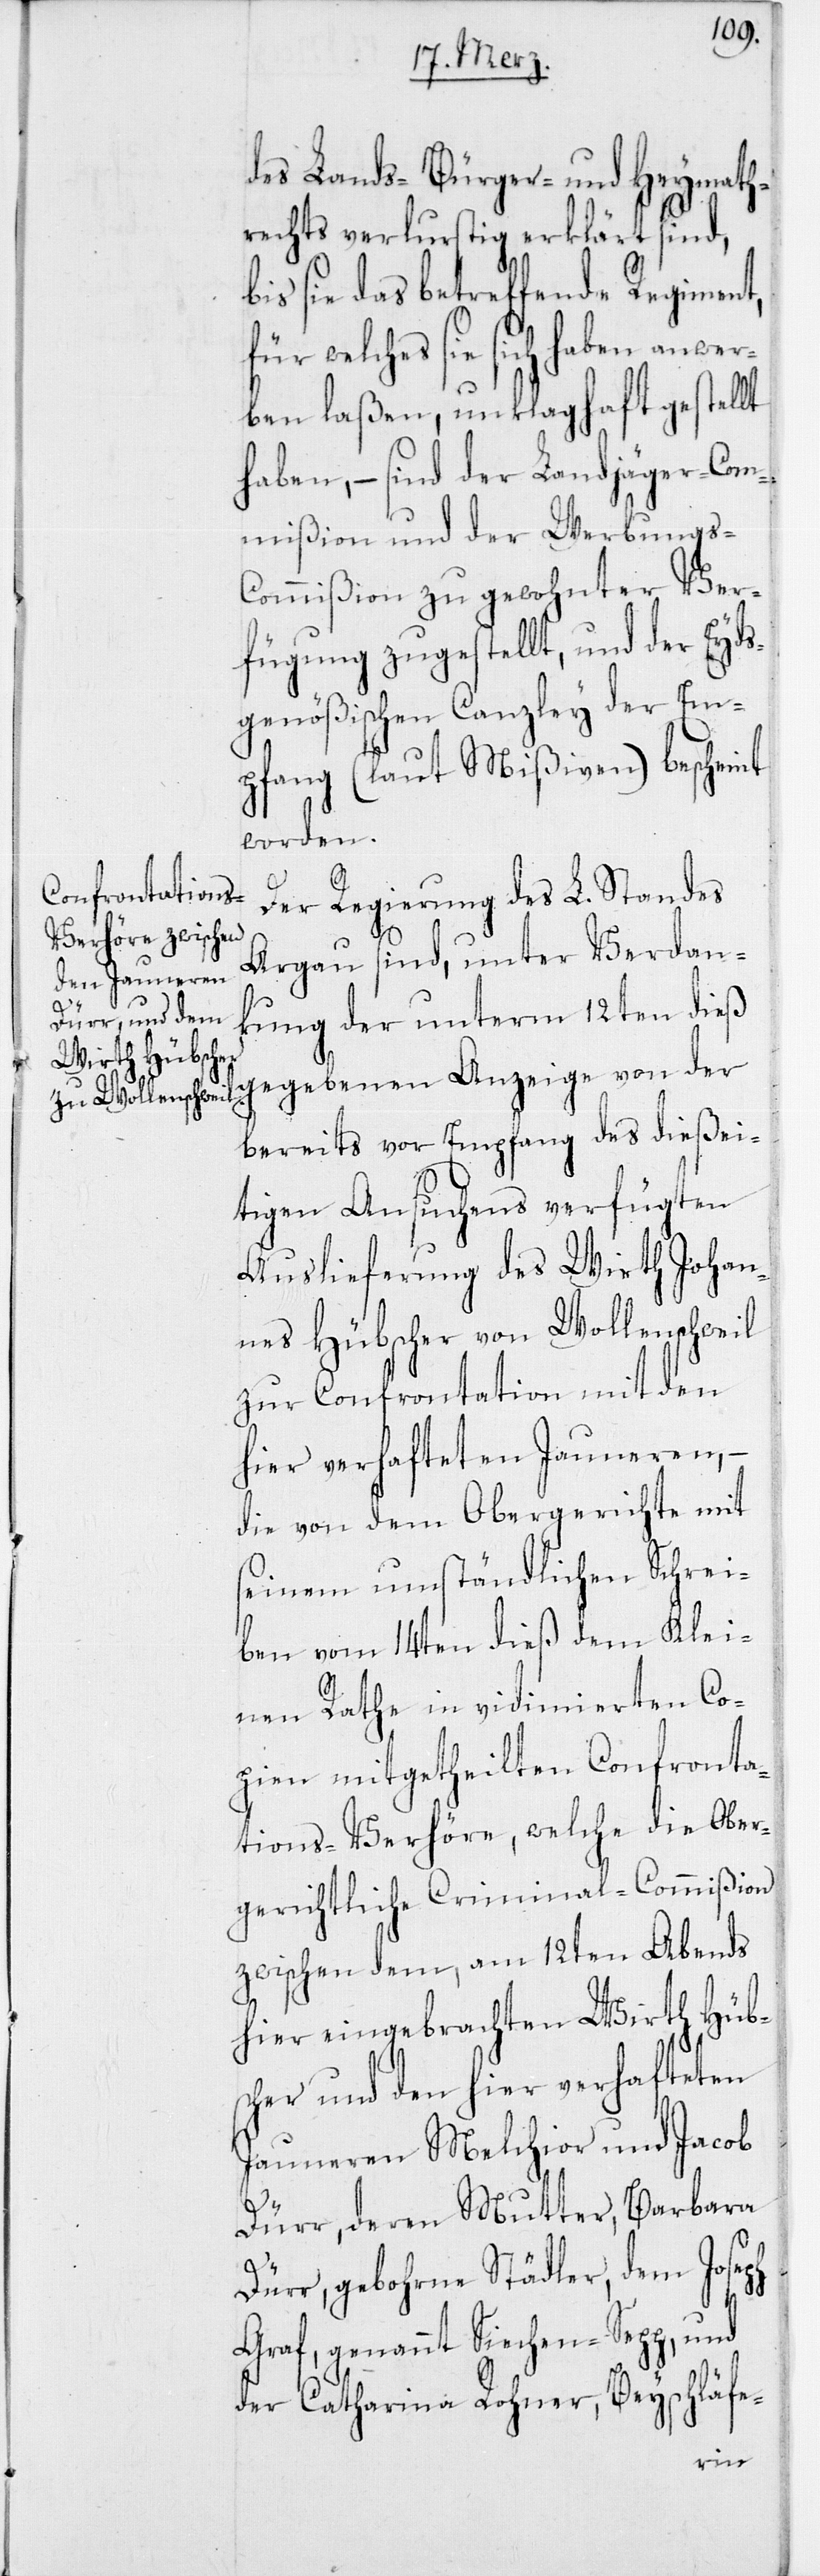
des Lands-[,] Bürger- und Heymath¬
rechts verlurstig erklärt sind,
bis sie das betreffende Regiment,
für welches sie sich haben
ben laßen, unklaghaft gestellt
haben, – sind der Landjäger-Com¬
mißion und der Werbungs-C¬
ommißion zu gewohnter Ver¬
fügung zugestellt, und der Eyds¬
genößischen Canzley der Em¬
pfang (laut Mißiven) bescheint
worden.
Der Regierung des L. Standes
Argau sind, unter Verdan¬
kung der unterm 12ten dieß
gegebenen Anzeige von der
bereits vor Empfang des dießei¬
tigen Ansuchens verfügten
Auslieferung des Wirt Johan¬
nes Hübscher von Wollenschweil
zur Confrontation mit den
hier verhafteten Jauneren, –
die von dem Obergerichte mit
seinem umständlichen Schrei¬
ben vom 14ten dieß dem Klei¬
nen Rathe in vidimierten Co¬
pien mitgetheilten Confronta¬
tions-Verhöre, welche die Ober¬
gerichtliche Criminal-Commißion
zwischen dem, am 12ten Abends
hier eingebrachten Wirth Hübs¬
cher und den hier verhafteten
Jauneren Melchior und Jacob
Dürr, deren Mutter, Barbara
Dürr, gebohrne Städler, dem Joseph
Graf, genannt Siechen-Sepp, und
der Catharina Rohner, Beyschläfe-
anwer¬